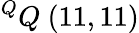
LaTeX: ^{Q}Q\ (11,11)